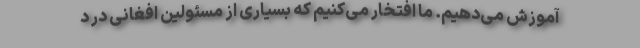
آموزش می‌دهیم. ما افتخار می‌کنیم که بسیاری از مسئولین افغانی در د